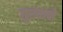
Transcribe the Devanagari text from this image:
गुरवाने